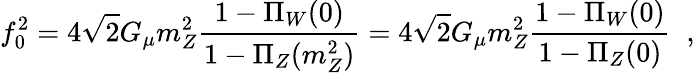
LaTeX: f_{0}^{2}=4\sqrt{2}G_{\mu}m_{Z}^{2}\frac{1-\Pi_{W}(0)}{1-\Pi_{Z}(m_{Z}^{2})}=4\sqrt{2}G_{\mu}m_{Z}^{2}\frac{1-\Pi_{W}(0)}{1-\Pi_{Z}(0)}\; \; ,